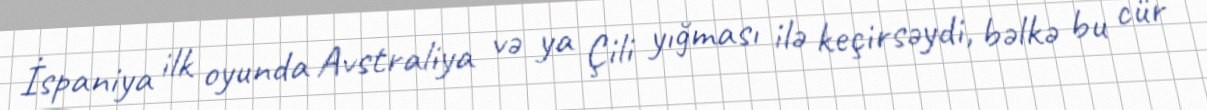
İspaniya ilk oyunda Avstraliya və ya Çili yığması ilə keçirsəydi, bəlkə bu cür